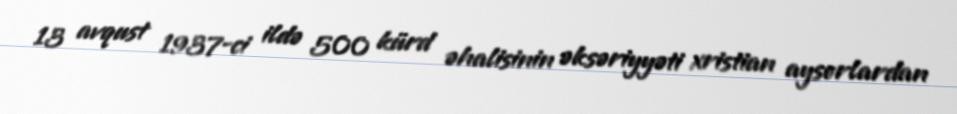
13 avqust 1937-ci ildə 500 kürd əhalisinin əksəriyyəti xristian aysorlardan